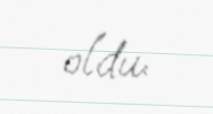
oldu.